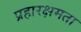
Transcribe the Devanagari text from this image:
प्रहारक्षमता